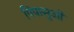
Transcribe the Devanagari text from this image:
पिपासुओं